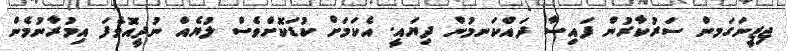
ޖިޒީނަގަމން ސަރުކާރުން ފައިސާ ދައްކަނމުން ދިޔައީ. އެކަމަށް ކުޑަކޮށްވެސް ލުޔެއް ނުދީއޮވެފަ އިމުރާނުމެން